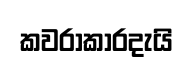
කවරාකාරදැයි